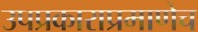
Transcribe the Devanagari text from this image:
उपप्रकाराप्रमाणेच